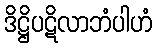
ဒိဋ္ဌိပဋိလာဘံပါဟံ